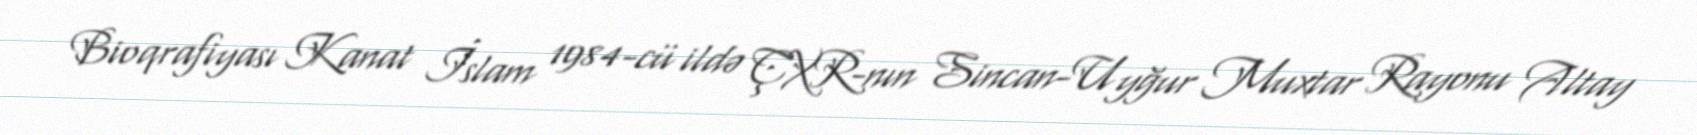
Bioqrafiyası Kanat İslam 1984-cü ildə ÇXR-nın Sincan-Uyğur Muxtar Rayonu Altay